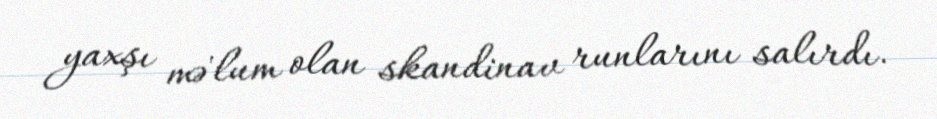
yaxşı mə'lum olan skandinav runlarını salırdı.